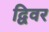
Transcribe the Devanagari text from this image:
द्विवर